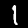
Label: 1